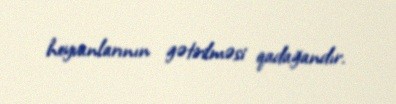
heyvanlarının gətirilməsi qadağandır.